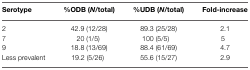
<table><thead><tr><td><b>Serotype</b></td><td><b>%ODB (<i>N</i>/total)</b></td><td><b>%UDB (<i>N</i>/total)</b></td><td><b>Fold-increase</b></td></tr></thead><tbody><tr><td>2</td><td>42.9 (12/28)</td><td>89.3 (25/28)</td><td>2.1</td></tr><tr><td>7</td><td>20 (1/5)</td><td>100 (5/5)</td><td>5</td></tr><tr><td>9</td><td>18.8 (13/69)</td><td>88.4 (61/69)</td><td>4.7</td></tr><tr><td>Less prevalent</td><td>19.2 (5/26) </td><td>55.6 (15/27)</td><td>2.9</td></tr></tbody></table>